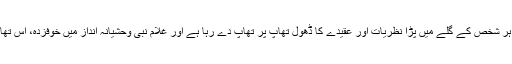
غلام نبی ناچ رہا ہے، ہر شخص کے گلے میں پڑا نظریات اور عقیدے کا ڈھول تھاپ پر تھاپ دے رہا ہے اور غلام نبی وحشیانہ انداز میں خوفزدہ، اس تھاپ پر ناچتا جا رہا ہے۔